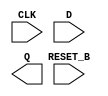
module sky130_fd_sc_hd__dfrtp_2
  (input  CLK,
   input  D,
   input  RESET_B,
   output Q);
endmodule

module sky130_fd_sc_hd__buf_1
  (input  A,
   output X);
endmodule

module sky130_fd_sc_hd__clkbuf_1
  (input  A,
   output X);
endmodule

module fpga_tech_register
  (input  clk_i,
   input  rstn_i,
   input  config_i_rst_polarity,
   input  config_i_rst_value,
   input  data_i,
   output data_o);

  sky130_fd_sc_hd__dfrtp_2 register (
    .CLK(clk_i),
    .D( data_i ),
    .Q( data_o ),
    .RESET_B(rstn_i)
  );
endmodule


module fpga_tech_buffer
  (input  i,
   output z);
  wire buf_X;
  assign z = buf_X;

  sky130_fd_sc_hd__buf_1 tech_buf (
    .A(i),
    .X(buf_X));
endmodule


module fpga_tech_clkbuffer
  (input  i,
   output z);
   
  sky130_fd_sc_hd__clkbuf_1 tech_clkbuf (
    .A(i),
    .X(z));
endmodule